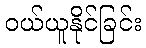
ဝယ်ယူနိုင်ခြင်း